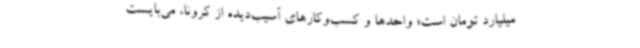
میلیارد تومان است؛ واحدها و کسب‌وکارهای آسیب‌دیده از کرونا، می‌بایست